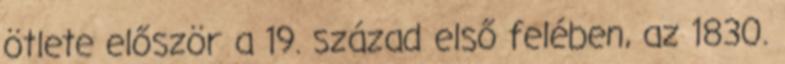
ötlete először a 19. század első felében, az 1830.